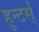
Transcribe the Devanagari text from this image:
हुन्टर्स्